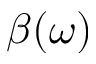
\beta ( \omega )